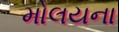
મોલયના